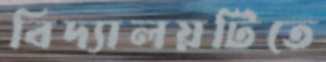
বিদ্যালয়টিতে